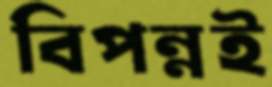
বিপন্নই